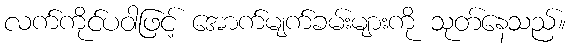
လက်ကိုင်ပဝါဖြင့် အောက်မျက်ခမ်းများကို သုတ်နေသည်။